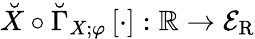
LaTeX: \breve{X}\circ\breve{\Gamma}_{X;\varphi}\left[\cdot\right]:\mathbb{R}\to\mathcal{E}_{\mathrm{R}}